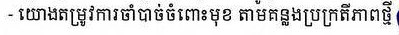
- យោងតម្រូវការចាំបាច់ចំពោះមុខ តាមគន្លងប្រក្រតីភាពថ្មី